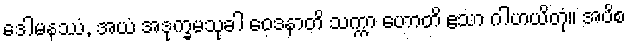
ဒေါမနဿံ, အယံ အဒုက္ခမသုခါ ဝေဒနာတိ သက္ကာ ဟောတိ ဧသာ ဂါဟယိတုံ။ အပိစ